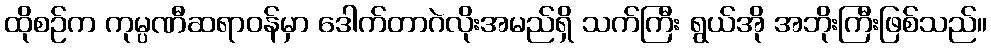
ထိုစဉ်က ကုမ္ပဏီဆရာဝန်မှာ ဒေါက်တာဂဲလိုးအမည်ရှိ သက်ကြီး ရွယ်အို အဘိုးကြီးဖြစ်သည်။